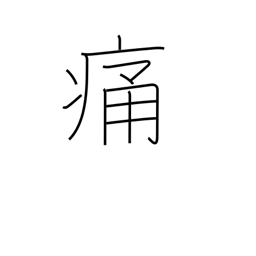
Meaning: hurt